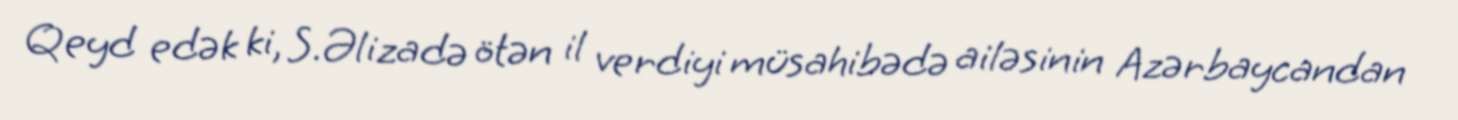
Qeyd edək ki, S.Əlizadə ötən il verdiyi müsahibədə ailəsinin Azərbaycandan